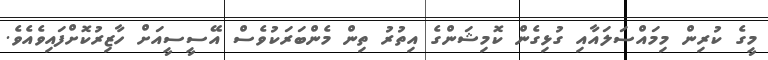
މީގެ ކުރިން މިމައްސަލައާއި ގުޅިގެން ކޮމިޝަންގެ އިތުރު ތިން މެންބަރަކުވެސް އޭސީސީއަށް ހާޒިރުކޮށްފައިވެއެވެ.